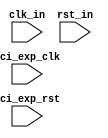
module timing_control_and_synchronization(
    input wire clk_in,
    input wire rst_in,
    input wire pci_exp_clk,
    input wire pci_exp_rst,
    // other input and output ports
    
    // add your Verilog code for managing clock signals, reset signals, and synchronization of data transfers
    // here
    
    // clock domain crossing and synchronization logic
    
    // data transaction handling
    
    // address decoding
    
    // bus arbitration
);

// your Verilog code goes here

endmodule